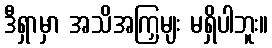
ဒီရှာမှာ အသိအကြှမျး မရှိပါဘူး။